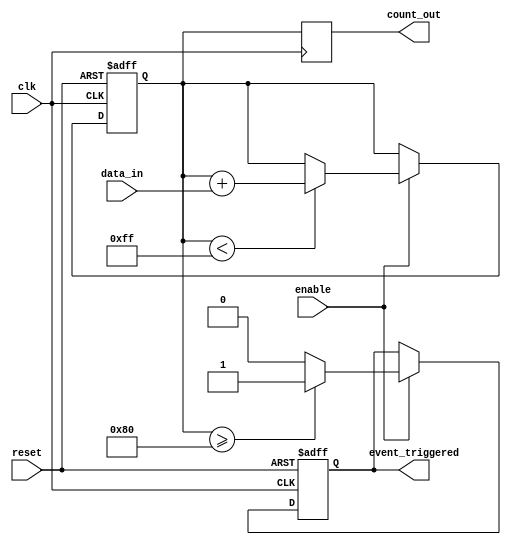
module ParameterFocusedInitialization #(
    // Parameters for configuration with default values
    parameter integer INIT_VALUE = 8'd0,     // Initial value for internal register
    parameter integer MAX_COUNT = 8'd255,     // Maximum count threshold
    parameter integer THRESHOLD = 8'd128       // Threshold for triggering an event
)(
    input wire clk,                            // Clock signal
    input wire reset,                          // Reset signal
    input wire enable,                         // Enable signal
    input wire [7:0] data_in,                 // Input data
    output reg [7:0] count_out,               // Output count value
    output reg event_triggered                 // Event trigger output
);

    // Internal register for counting
    reg [7:0] count;

    // Initialization block
    always @(posedge clk or posedge reset) begin
        if (reset) begin
            count <= INIT_VALUE;               // Set to initial value on reset
            event_triggered <= 1'b0;           // Reset event trigger
        end else if (enable) begin
            // Behavioral Logic
            if (count < MAX_COUNT) begin
                count <= count + data_in;      // Increment count with input data
            end
            
            // Check for event trigger condition
            if (count >= THRESHOLD) begin
                event_triggered <= 1'b1;        // Trigger event if count exceeds threshold
            end else begin
                event_triggered <= 1'b0;        // Reset event trigger if below threshold
            end
        end
    end

    // Assign output count
    always @(posedge clk) begin
        count_out <= count;                     // Output current count value
    end

endmodule